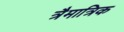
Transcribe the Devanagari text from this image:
त्रैमात्रिक